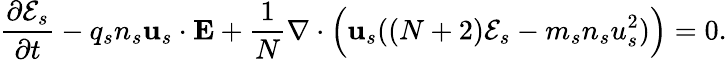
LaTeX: \frac{\partial\mathcal{E}_{s}}{\partial t}-q_{s}n_{s}\mathbf{u}_{s}\cdot\mathbf{E}+\frac{1}{N}\nabla\cdot\Big(\mathbf{u}_{s}((N+2)\mathcal{E}_{s}-m_{s}n_{s}u_{s}^{2})\Big)=0.